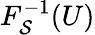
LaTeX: F_{\mathcal{S}}^{-1}(U)